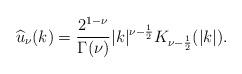
LaTeX: \begin{align*} \widehat u_\nu(k) = \frac{2^{1-\nu}}{\Gamma(\nu)} |k|^{\nu-\frac{1}{2}} K_{\nu-\frac{1}{2}}(|k|).\end{align*}